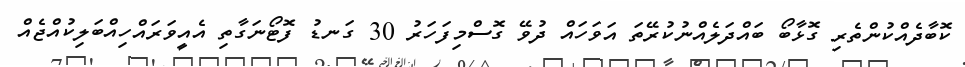
ކޮބާދެއްކުންތެރި ގޮޅާބޯ ބައްދަލެއްނުކުރޭތަ އަވަހައް ދުވޭ ގޮސްމިފަހަރު 30 ގަނޑު ފޮޓޯނަގާތި އެއީވަރައްހިއްބަލިކުއްޖެއް